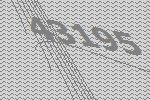
43195